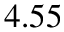
4 . 5 5